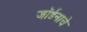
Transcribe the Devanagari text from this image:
जॉर्डनाचे